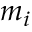
m _ { i }